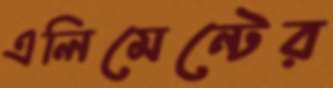
এলিমেন্টের